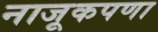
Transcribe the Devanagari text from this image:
नाजूकपणा